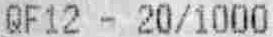
QF12 - 20/1000